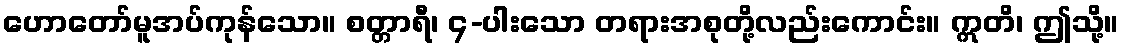
ဟောတော်မူအပ်ကုန်သော။ စတ္တာရီ၊ ၄-ပါးသော တရားအစုတို့လည်းကောင်း။ ဣတိ၊ ဤသို့။